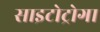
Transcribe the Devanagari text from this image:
साइटोट्रोगा